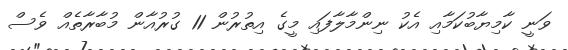
ވަނީ ކާމިޔާބުކަމާއި އެކު ނިންމާލާފައި މީގެ އިތުރުން 11 ގުރުއާން މުބާރާތެއް ވެސް